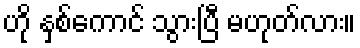
ဟို နှစ်ကောင် သွားပြီ မဟုတ်လား။